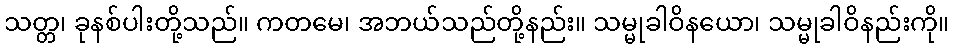
သတ္တ၊ ခုနစ်ပါးတို့သည်။ ကတမေ၊ အဘယ်သည်တို့နည်း။ သမ္မုခါဝိနယော၊ သမ္မုခါဝိနည်းကို။